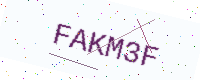
Text: FAKM3F